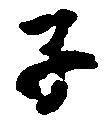
子